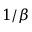
1 / \beta